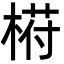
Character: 﨓